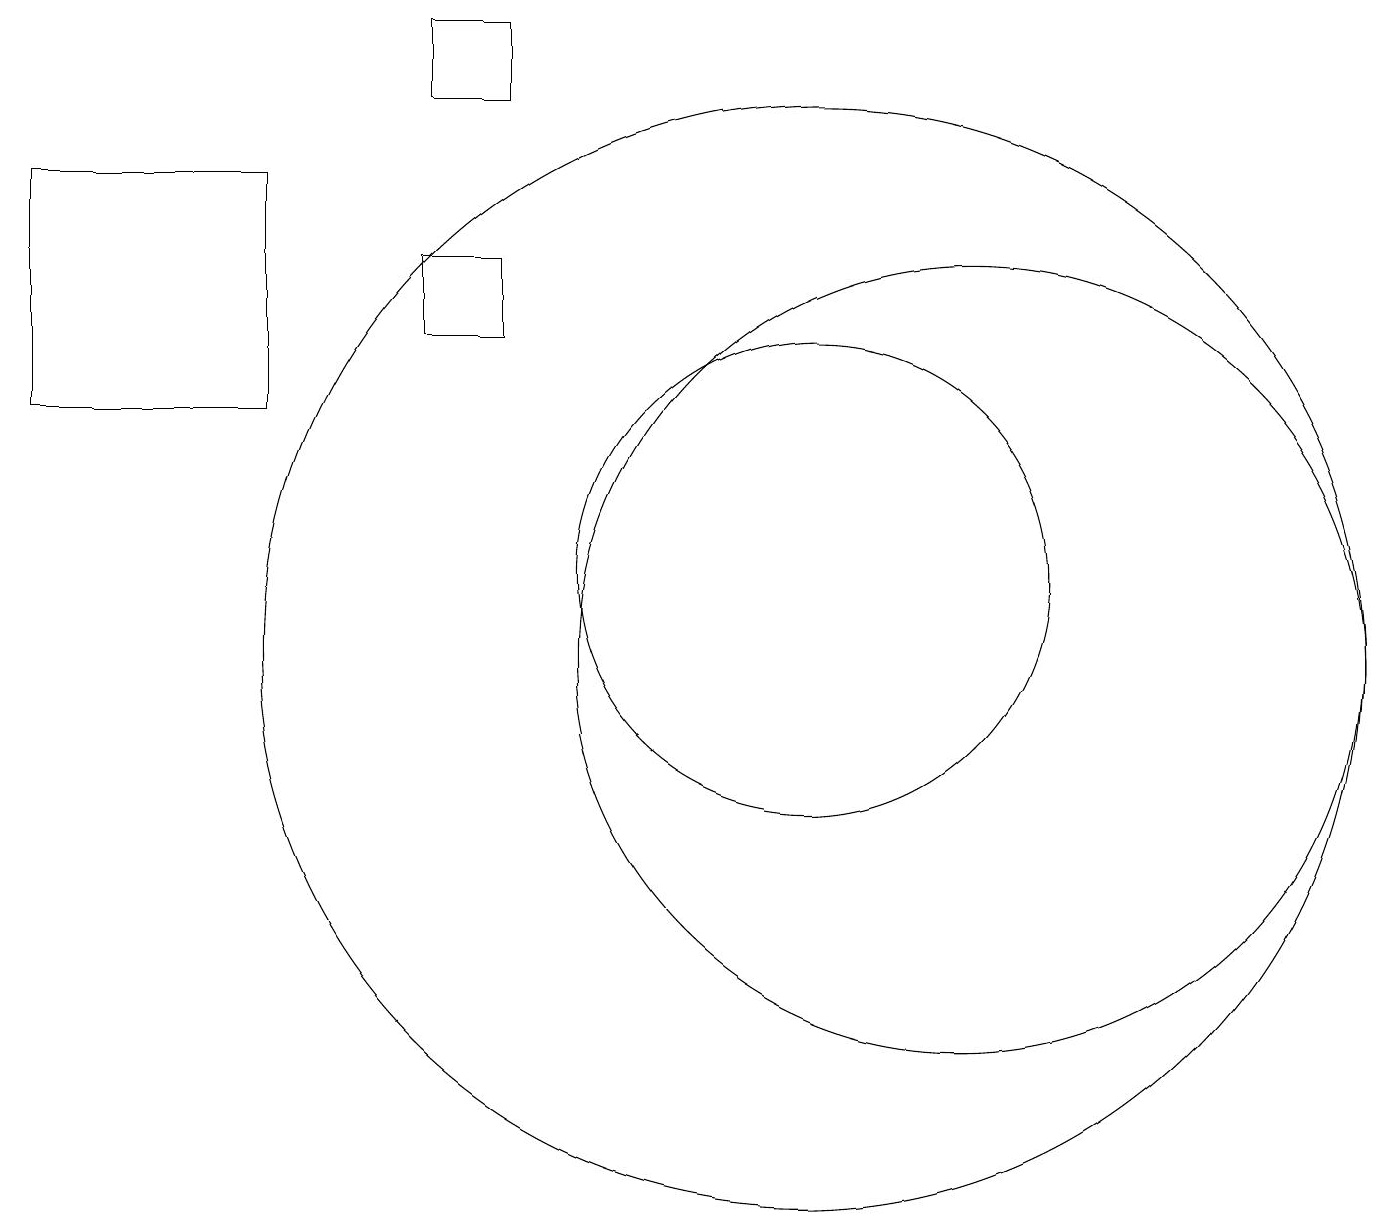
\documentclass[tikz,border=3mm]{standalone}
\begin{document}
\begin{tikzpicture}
\draw (11,10) circle (0);
\draw (10,12) circle (3);
\draw (6,16) rectangle (5,15);
\draw (6,18) rectangle (5,19);
\draw (12,11) circle (5);
\draw (10,11) circle (7);
\draw (0,14) rectangle (3,17);
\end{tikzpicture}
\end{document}